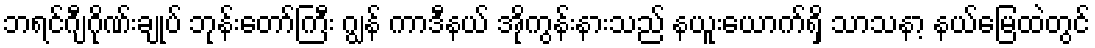
ဘရင်ဂျီဂိုဏ်းချုပ် ဘုန်းတော်ကြီး ဂျွန် ကာဒီနယ် အိုကွန်းနားသည် နယူးယောက်ရှိ သာသနာ့ နယ်မြေထဲတွင်